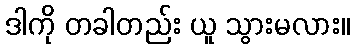
ဒါကို တခါတည်း ယူ သွားမလား။